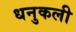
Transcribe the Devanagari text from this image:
धनुकली